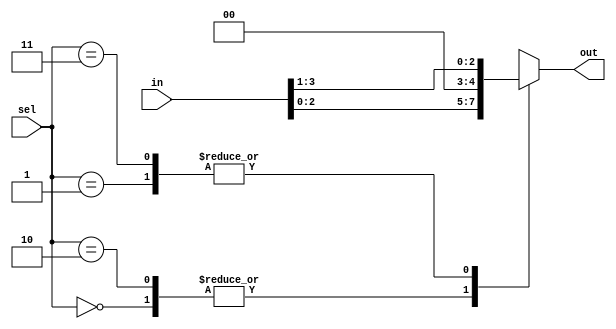
// Verilog code for shift operators date: 12/june/2024

module shift_operators ( in, sel, out );

input [3:0] in;
input [1:0] sel;
output reg [3:0] out;
wire [3:0] in;
wire [1:0] sel;

always @ (in or sel)
begin
case ( sel )
  2'b00 : out = in << 1;  //Logical left shift
  2'b01 : out = in >> 1;  //Logical right shift
  2'b10 : out = in <<< 1; //Arithmetic left shift
  2'b11 : out = in >>> 1; //Arithmetic right shift
default : out = 4'b0000;
endcase
end
endmodule